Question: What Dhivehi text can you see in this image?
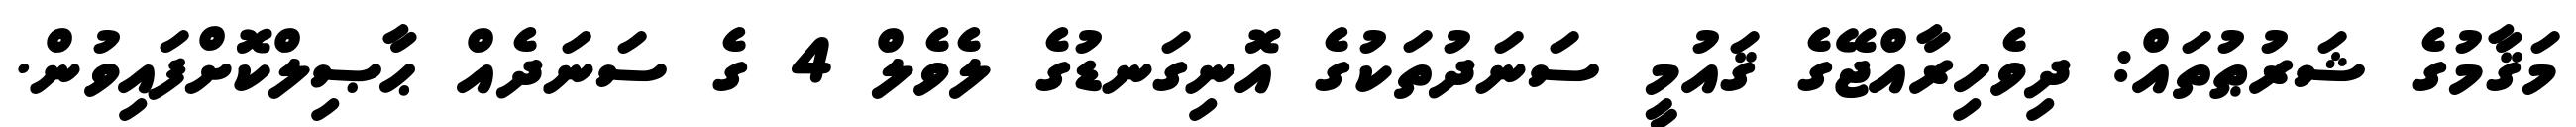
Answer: މަޤާމުގެ ޝަރުޠުތައް: ދިވެހިރާއްޖޭގެ ޤައުމީ ސަނަދުތަކުގެ އޮނިގަނޑުގެ ލެވެލް 4 ގެ ސަނަދެއް ޙާޞިލްކޮށްފައިވުން.